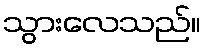
သွားလေသည်။